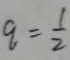
q = \frac { 1 } { 2 }